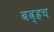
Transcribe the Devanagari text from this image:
बव्ह्रच